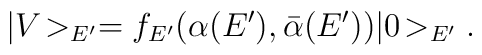
| V\! >_{E'}  = f_{E'}(\alpha(E'), \bar{\alpha}(E')) |0\!>_{E'}.